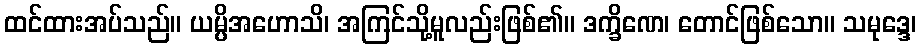
ထင်ထားအပ်သည်။ ယမ္ပိအဟောသိ၊ အကြင်သို့မူလည်းဖြစ်၏။ ဒက္ခိဏေ၊ တောင်ဖြစ်သော။ သမုဒ္ဒေ၊